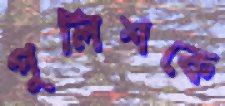
পুলিশকে